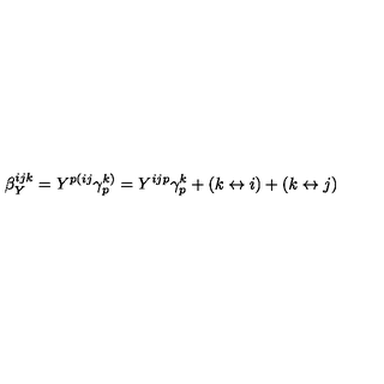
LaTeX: \beta _ { Y } ^ { i j k } = Y ^ { p ( i j } \gamma _ { p } ^ { k ) } = Y ^ { i j p } \gamma _ { p } ^ { k } + ( k \leftrightarrow i ) + ( k \leftrightarrow j )